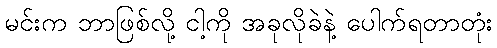
မင်းက ဘာဖြစ်လို့ ငါ့ကို အခုလိုခဲနဲ့ ပေါက်ရတာတုံး